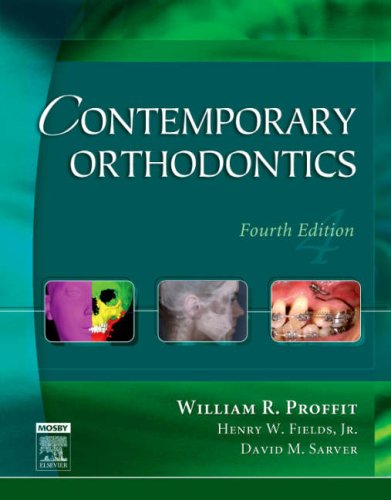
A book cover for Contemporary Orthodontics, 4e; William R. Proffit DDS  PhD; Medical Books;